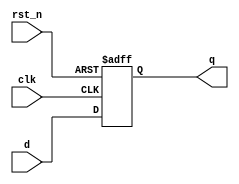
// This program was cloned from: https://github.com/RomeoMe5/DDLM
// License: MIT License

module dff_async_rst_n_param
#(
    parameter WIDTH = 8,
              RESET = 8'b0
)
(
    input                      clk,
    input                      rst_n,
    input      [WIDTH - 1 : 0] d,
    output reg [WIDTH - 1 : 0] q
);

    always @ (posedge clk or negedge rst_n)
        if (!rst_n)
            q <= RESET;
        else
            q <= d;
 
endmodule